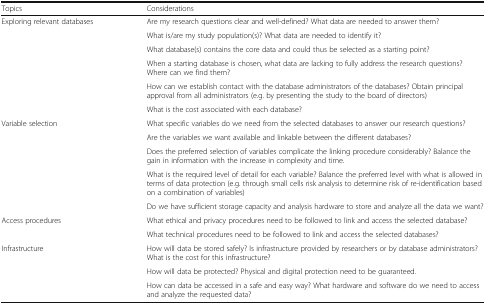
<table><thead><tr><td><b>Topics</b></td><td><b>Considerations</b></td></tr></thead><tbody><tr><td rowspan="6">Exploring relevant databases</td><td>Are my research questions clear and well-defined? What data are needed to answer them?</td></tr><tr><td>What is/are my study population(s)? What data are needed to identify it?</td></tr><tr><td>What database(s) contains the core data and could thus be selected as a starting point?</td></tr><tr><td>When a starting database is chosen, what data are lacking to fully address the research questions? Where can we find them?</td></tr><tr><td>How can we establish contact with the database administrators of the databases? Obtain principal approval from all administrators (e.g. by presenting the study to the board of directors)</td></tr><tr><td>What is the cost associated with each database?</td></tr><tr><td rowspan="5">Variable selection</td><td>What specific variables do we need from the selected databases to answer our research questions?</td></tr><tr><td>Are the variables we want available and linkable between the different databases?</td></tr><tr><td>Does the preferred selection of variables complicate the linking procedure considerably? Balance the gain in information with the increase in complexity and time.</td></tr><tr><td>What is the required level of detail for each variable? Balance the preferred level with what is allowed in terms of data protection (e.g. through small cells risk analysis to determine risk of re-identification based on a combination of variables)</td></tr><tr><td>Do we have sufficient storage capacity and analysis hardware to store and analyze all the data we want?</td></tr><tr><td rowspan="2">Access procedures</td><td>What ethical and privacy procedures need to be followed to link and access the selected database?</td></tr><tr><td>What technical procedures need to be followed to link and access the selected databases?</td></tr><tr><td rowspan="3">Infrastructure</td><td>How will data be stored safely? Is infrastructure provided by researchers or by database administrators? What is the cost for this infrastructure?</td></tr><tr><td>How will data be protected? Physical and digital protection need to be guaranteed.</td></tr><tr><td>How can data be accessed in a safe and easy way? What hardware and software do we need to access and analyze the requested data?</td></tr></tbody></table>